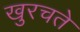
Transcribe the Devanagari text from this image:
खुरचते